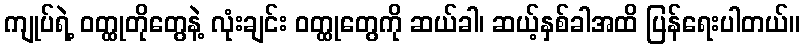
ကျုပ်ရဲ့ ဝတ္ထုတိုတွေနဲ့ လုံးချင်း ဝတ္ထုတွေကို ဆယ်ခါ၊ ဆယ့်နှစ်ခါအထိ ပြန်ရေးပါတယ်။